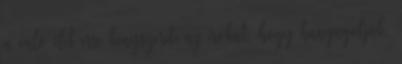
a való élet erre kényszeríti az írókat, hogy hanyagolják,